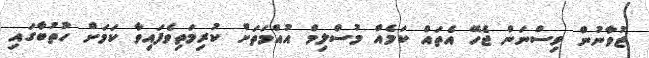
ޒުވާނުން ވިސްނަން ޖެހޭ އެތައް ކަމެއް މުސްލިމް އުއްމަތަށް ކުރިމަތިވެފައިވާ ކަމަށް ހުތުބާގައި